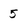
Character: 5